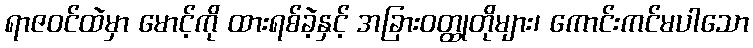
ရာဇဝင်ထဲမှာ မောင့်ကို ထားရစ်ခဲ့နှင့် အခြားဝတ္ထုတိုများ၊ ကောင်းကင်မပါသော